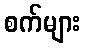
စက်များ